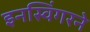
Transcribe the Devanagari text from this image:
इनस्विंगरने